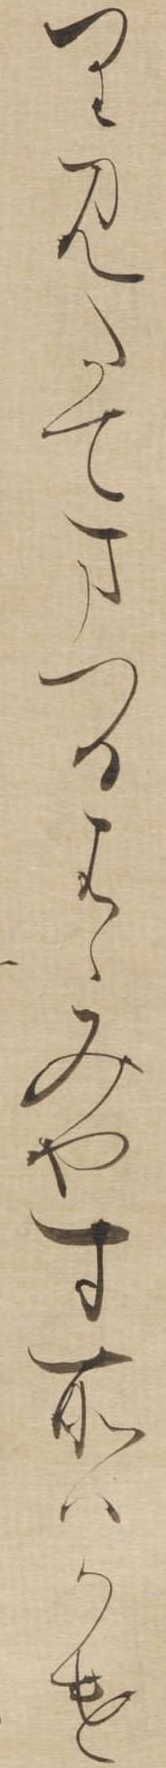
りみたてまつるはゝみやす所はかけ